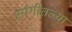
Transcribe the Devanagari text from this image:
सांगीतल्या